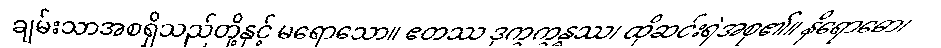
ချမ်းသာအစရှိသည်တို့နှင့် မရောသော။ ဧတဿ ဒုက္ခက္ခန္ဓဿ၊ ထိုဆင်းရဲအစု၏။ နိရောဓော၊